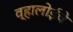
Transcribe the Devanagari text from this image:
व्हालोईचे